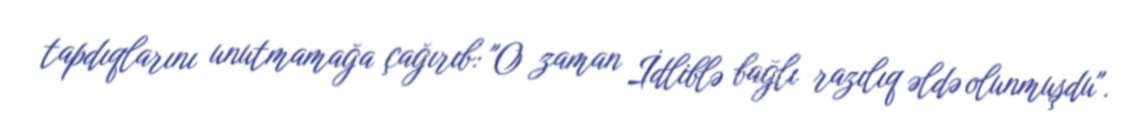
tapdıqlarını unutmamağa çağırıb: "O zaman İdliblə bağlı razılıq əldə olunmuşdu".